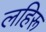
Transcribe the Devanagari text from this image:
लहिरू